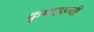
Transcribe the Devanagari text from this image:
कृष्णपत्‍नी